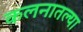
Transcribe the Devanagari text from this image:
कलनातल्या